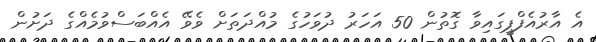
އެ އާރުއެފްޕީގައިވާ ގޮތުން 50 އަހަރު ދުވަހުގެ މުއްދަތަށް ވެވޭ އެއްބަސްވުމެއްގެ ދަށުން